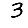
Digit: 3